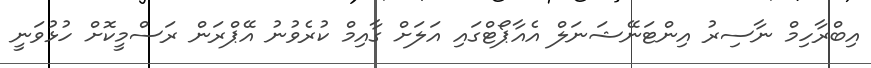
އިބްރާހިމް ނާސިރު އިންޓަނޭޝަނަލް އެއާޕޯޓްގައި އަލަށް ގާއިމް ކުރެވުނު އޭޕްރަން ރަސްމީކޮށް ހުޅުވަނީ